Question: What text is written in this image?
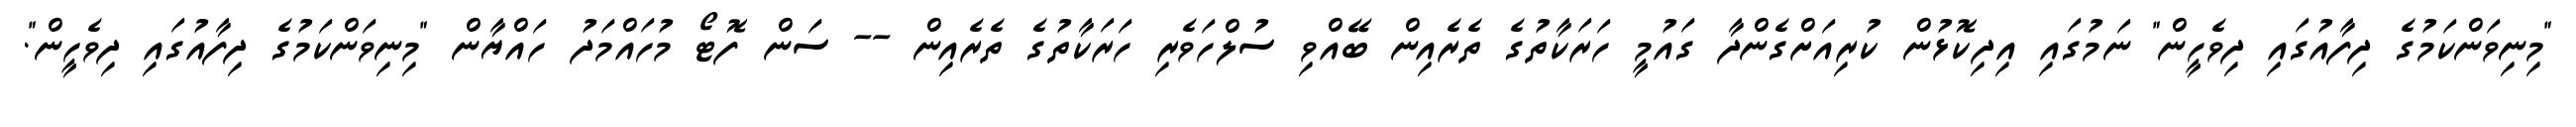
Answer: "މިނިވަންކަމުގެ ދިފާއުގައި ދިވެހީން" ނަމުގައި އިދިކޮޅުން ކުރިއަށްގެންދާ ގައުމީ ހަރަކާތުގެ ތެރެއިން ބޭއްވި ސުލްހަވެރި ހަރަކާތުގެ ތެރެއިން -- ސަން ފޮޓޯ މުހައްމަދު ހައްޔާން "މިނިވަންކަމުގެ ދިފާއުގައި ދިވެހީން".